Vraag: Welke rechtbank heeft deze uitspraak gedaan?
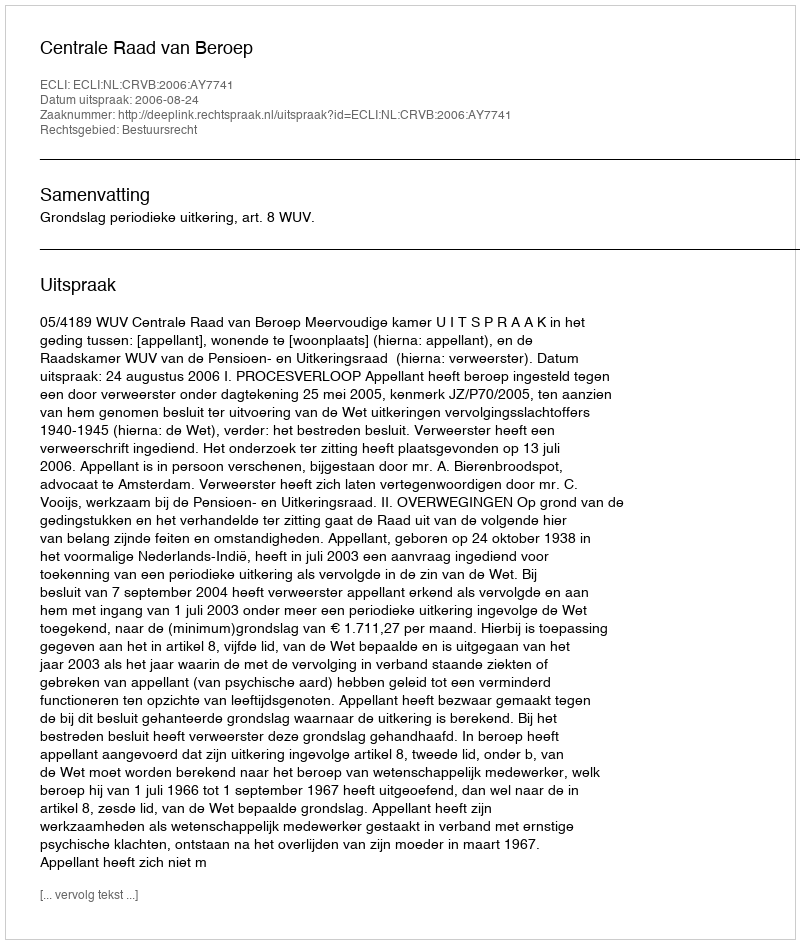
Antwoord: Centrale Raad van Beroep